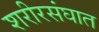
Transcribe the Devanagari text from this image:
शरीरसंघात